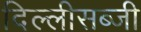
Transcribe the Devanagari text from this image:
दिल्लीसब्जी